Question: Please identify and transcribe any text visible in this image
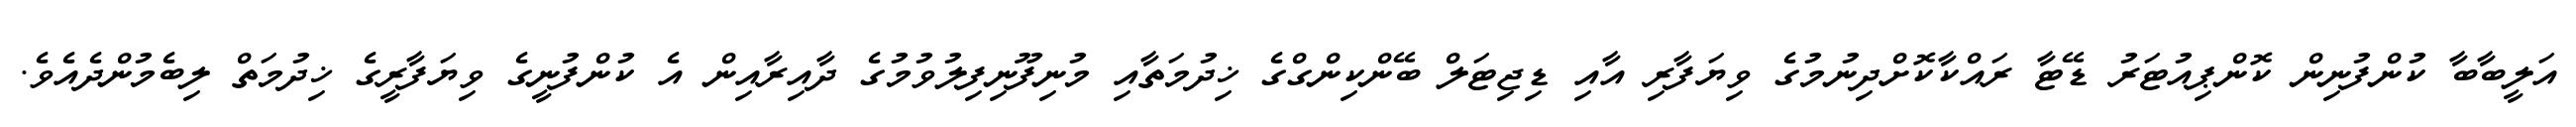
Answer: އަލީބާބާ ކުންފުނިން ކޮންޕިއުޓަރު ޑޭޓާ ރައްކާކޮށްދިނުމުގެ ވިޔަފާރި އާއި ޑިޖިޓަލް ބޭންކިންގްގެ ޚިދުމަތާއި މުނިފޫނިފިލުވުމުގެ ދާއިރާއިން އެ ކުންފުނީގެ ވިޔަފާރީގެ ޚިދުމަތް ލިބެމުންދެއެވެ.